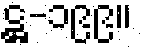
ဋ္ဌ-၁၉၉။